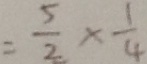
= \frac { 5 } { 2 } \times \frac { 1 } { 4 }